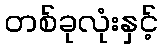
တစ်ခုလုံးနှင့်